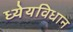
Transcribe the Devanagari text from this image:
ध्येयविधान